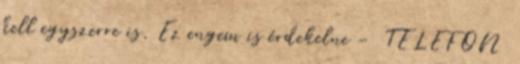
kell egyszerre is. Ez engem is érdekelne - TELEFON